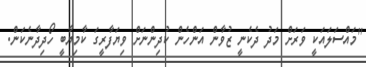
''މައްސަލައަކީ ވަރަށް މަދު ދެކެނީ ޒުވާން އަންހެން ކުދިންނަށް ވިޔަފާރީގަ ކާމިޔާބީ ހޯދިދާނެކަން.